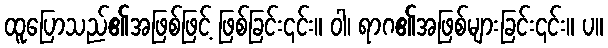
ထူပြောသည်၏အဖြစ်ဖြင့် ဖြစ်ခြင်း၎င်း။ ဝါ၊ ရာဂ၏အဖြစ်များခြင်း၎င်း။ ပ။